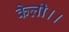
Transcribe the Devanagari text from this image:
केली।।